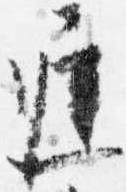
遅